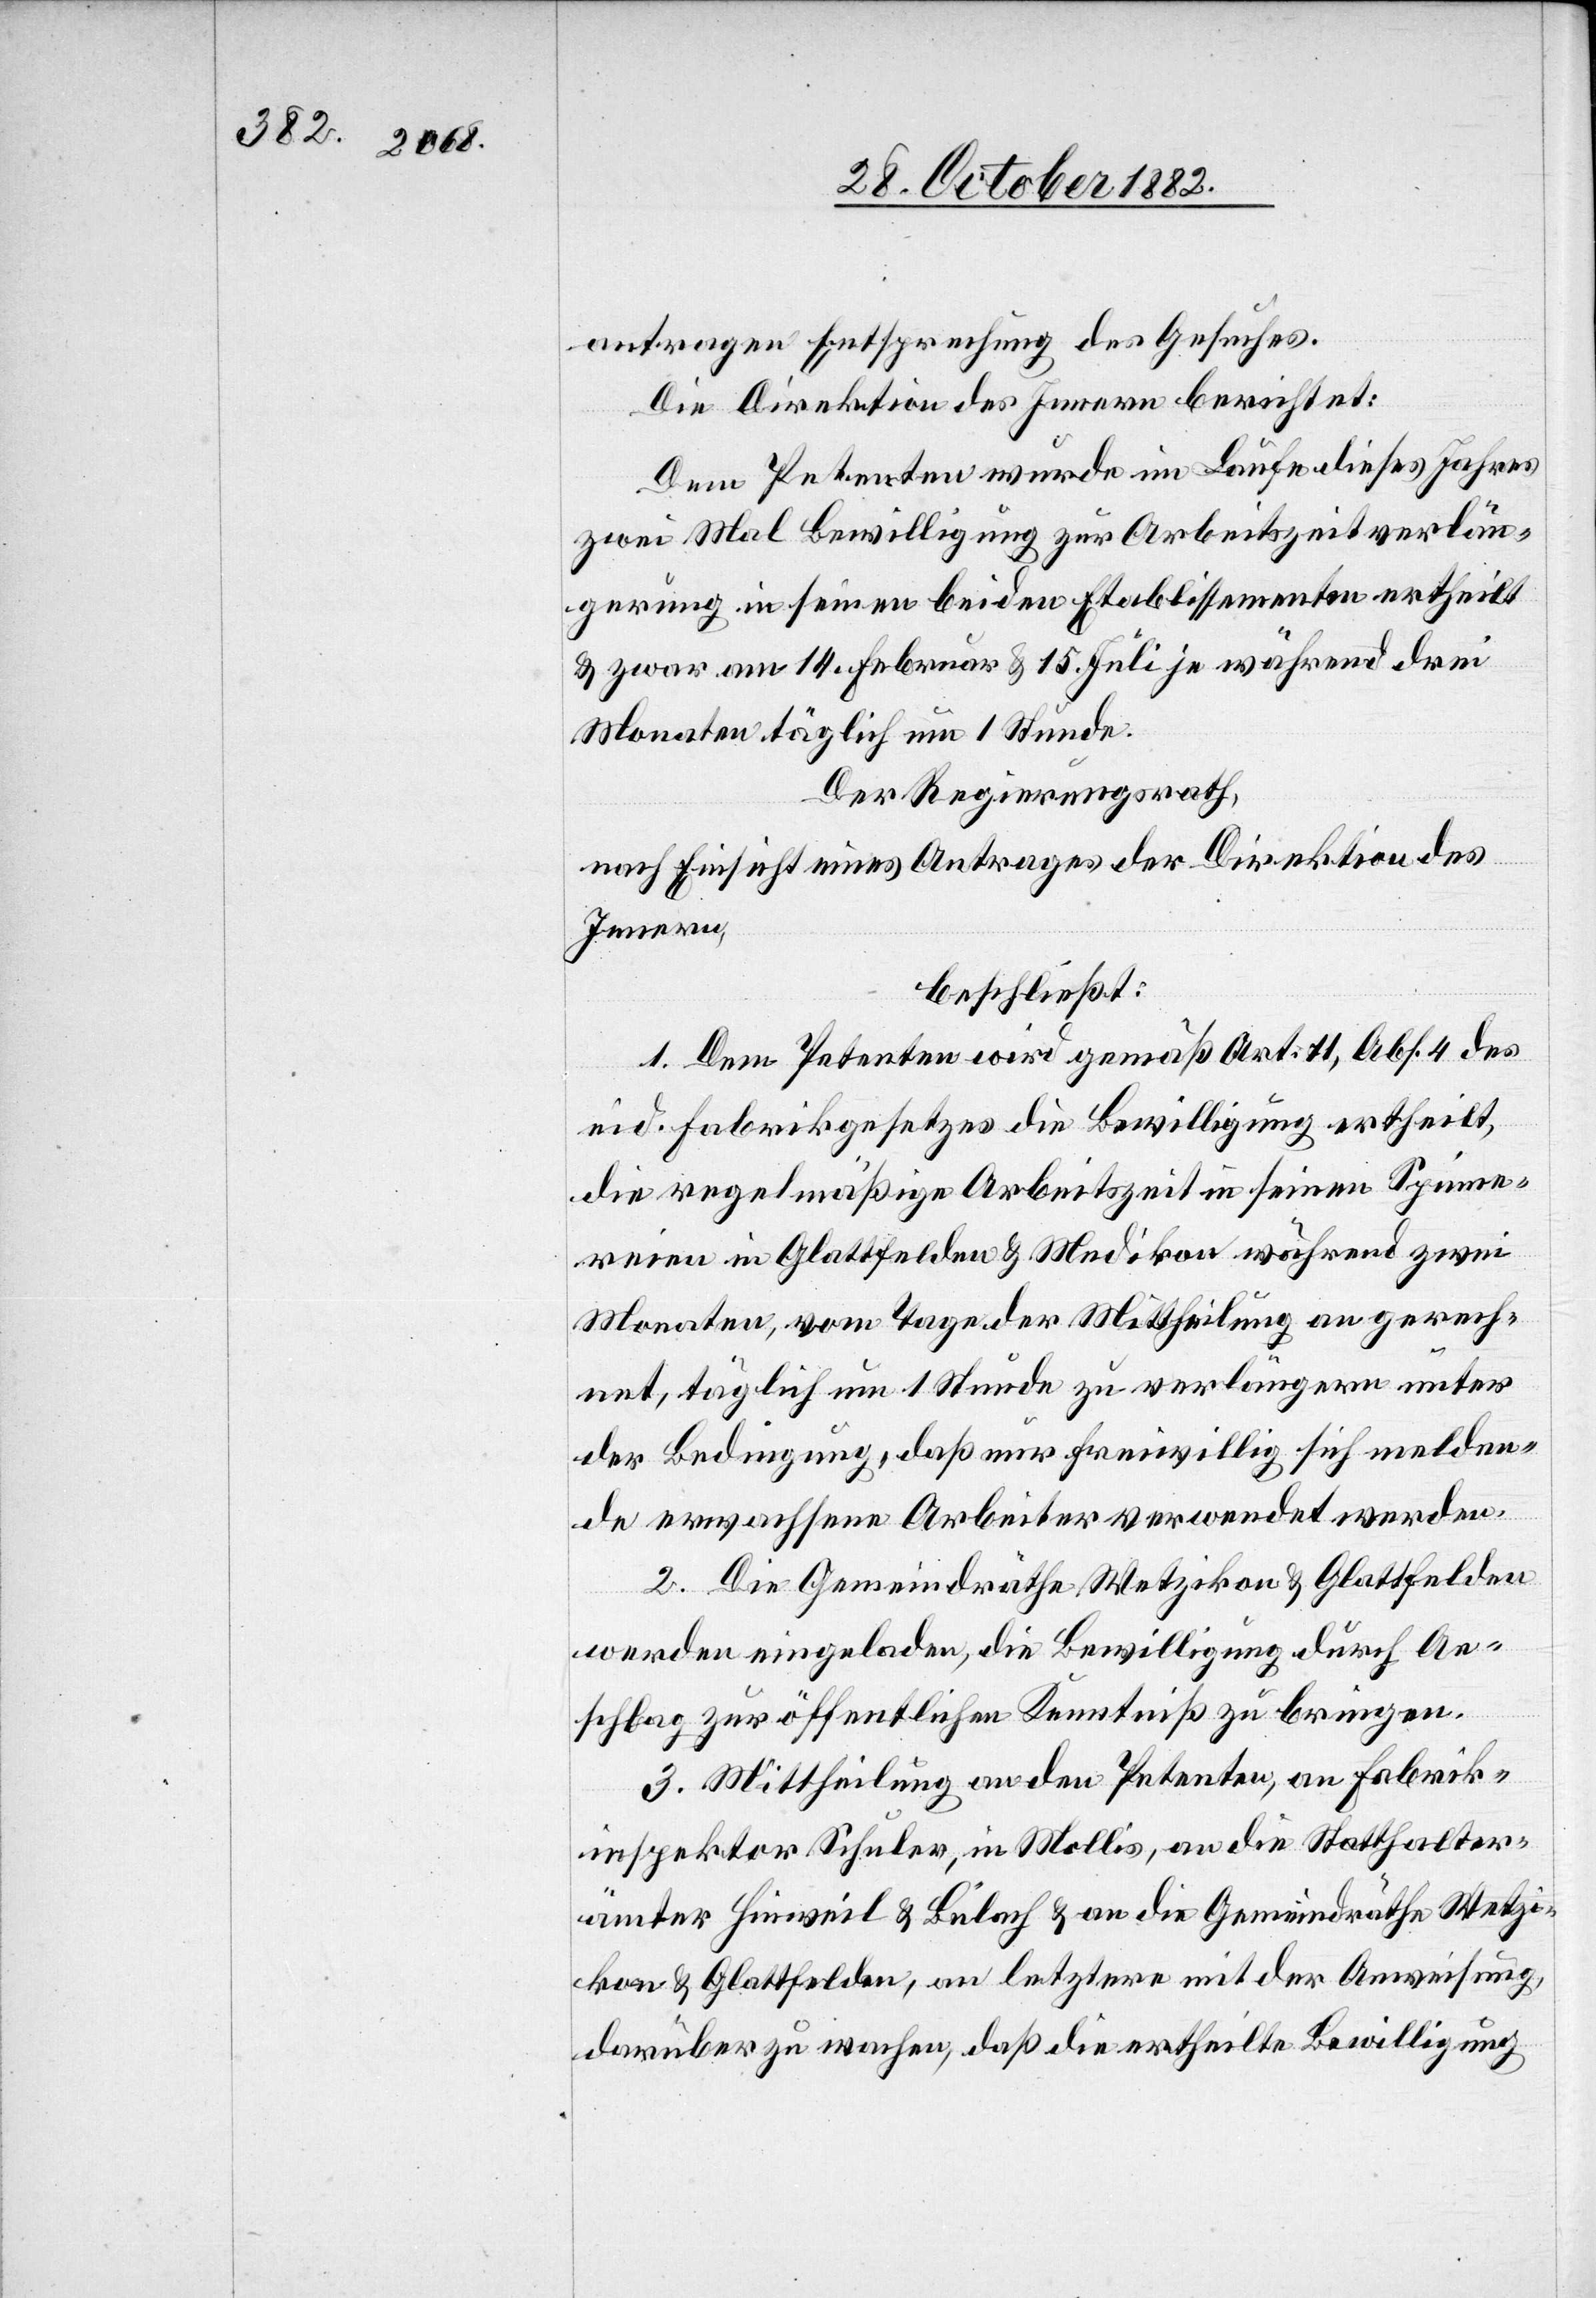
antragen Entsprechung des Gesuches.
Die Direktion des Innern berichtet:
Dem Petenten wurde im Laufe dieses Jahres
zwei Mal Bewilligung zur Arbeitszeitverlän¬
gerung in seinen beiden Etablissementen ertheilt
& zwar am 14. Februar & 15. Juli je während drei
Monaten täglich um 1 Stunde.
Der Regierungsrath,
nach Einsicht eines Antrages der Direktion des
Innern,
beschließt:
1. Dem Petenten wird gemäß Art. 11, Abs. 4 des
eid. Fabrikgesetzes die Bewilligung ertheilt,
die regelmäßige Arbeitszeit in seinen Spinne¬
reien in Glattfelden & Medikon während zwei
Monaten, vom Tage der Mittheilung an gerech¬
net, täglich um 1 Stunde zu verlängern unter
der Bedingung, daß nur freiwillig sich melden¬
de erwachsene Arbeiter verwendet werden.
2. Die Gemeindräthe Wetzikon & Glattfelden
werden eingeladen, die Bewilligung durch An¬
schlag zur öffentlichen Kenntniß zu bringen.
3. Mittheilung an den Petenten, an Fabrik¬
inspektor Schuler, in Mollis, an die Statthalter¬
ämter Hinweil & Bülach & an die Gemeindräthe Wetzi¬
kon & Glattfelden, an letztere mit der Anweisung,
darüber zu wachen, daß die ertheilte Bewilligung